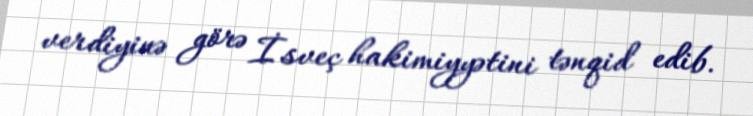
verdiyinə görə İsveç hakimiyyətini tənqid edib.